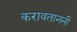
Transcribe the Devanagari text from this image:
करावताननी